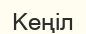
Кеңіл